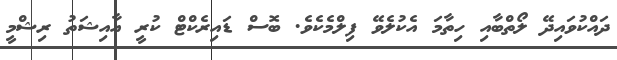
ދައްކުވައިދޭ ލޯތްބާއި ހިތާމަ އެކުލެވޭ ފިލްމެކެވެ. ބޮސް ޑައިރެކްޓް ކުރީ އާއިޝަތު ރިޝްމީ